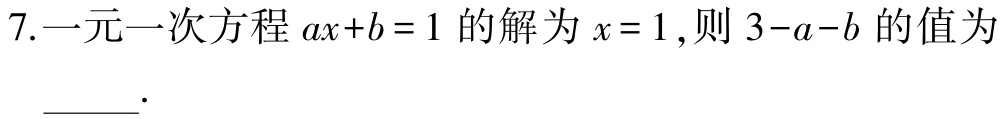
7.一元一次方程\(ax + b = 1\)的解为\(x = 1\),则\(3 - a - b\)的值为____.